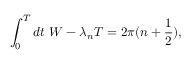
\int _ { 0 } ^ { T } d t \, \, W - \lambda _ { n } T = 2 \pi ( n + \frac { 1 } { 2 } ) ,